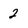
Character: 2